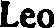
Leo